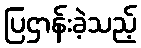
ပြဌာန်းခဲ့သည့်